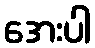
အေးပါ